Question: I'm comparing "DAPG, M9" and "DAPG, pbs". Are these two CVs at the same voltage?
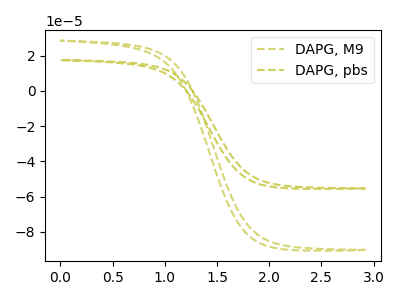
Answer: <think>The olive dashed curve "DAPG, M9" has no peaks. The olive dashed curve "DAPG, pbs" has no peaks.
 Neither "DAPG, M9" or "DAPG, pbs" have any peaks.</think>
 <answer>"DAPG, M9" and "DAPG, pbs" are similar in shape.</answer>
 <eval>same_shape</eval>